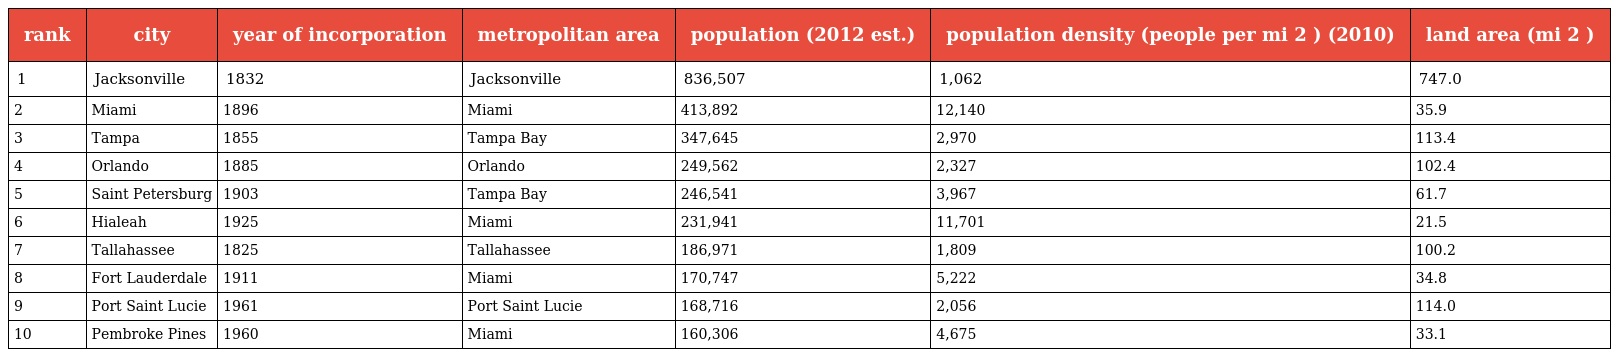
| rank | city | year of incorporation | metropolitan area | population (2012 est.) | population density (people per mi 2 ) (2010) | land area (mi 2 ) |
 | --- | --- | --- | --- | --- | --- | --- |
 | 1 | Jacksonville | 1832 | Jacksonville | 836,507 | 1,062 | 747.0 |
 | 2 | Miami | 1896 | Miami | 413,892 | 12,140 | 35.9 |
 | 3 | Tampa | 1855 | Tampa Bay | 347,645 | 2,970 | 113.4 |
 | 4 | Orlando | 1885 | Orlando | 249,562 | 2,327 | 102.4 |
 | 5 | Saint Petersburg | 1903 | Tampa Bay | 246,541 | 3,967 | 61.7 |
 | 6 | Hialeah | 1925 | Miami | 231,941 | 11,701 | 21.5 |
 | 7 | Tallahassee | 1825 | Tallahassee | 186,971 | 1,809 | 100.2 |
 | 8 | Fort Lauderdale | 1911 | Miami | 170,747 | 5,222 | 34.8 |
 | 9 | Port Saint Lucie | 1961 | Port Saint Lucie | 168,716 | 2,056 | 114.0 |
 | 10 | Pembroke Pines | 1960 | Miami | 160,306 | 4,675 | 33.1 |